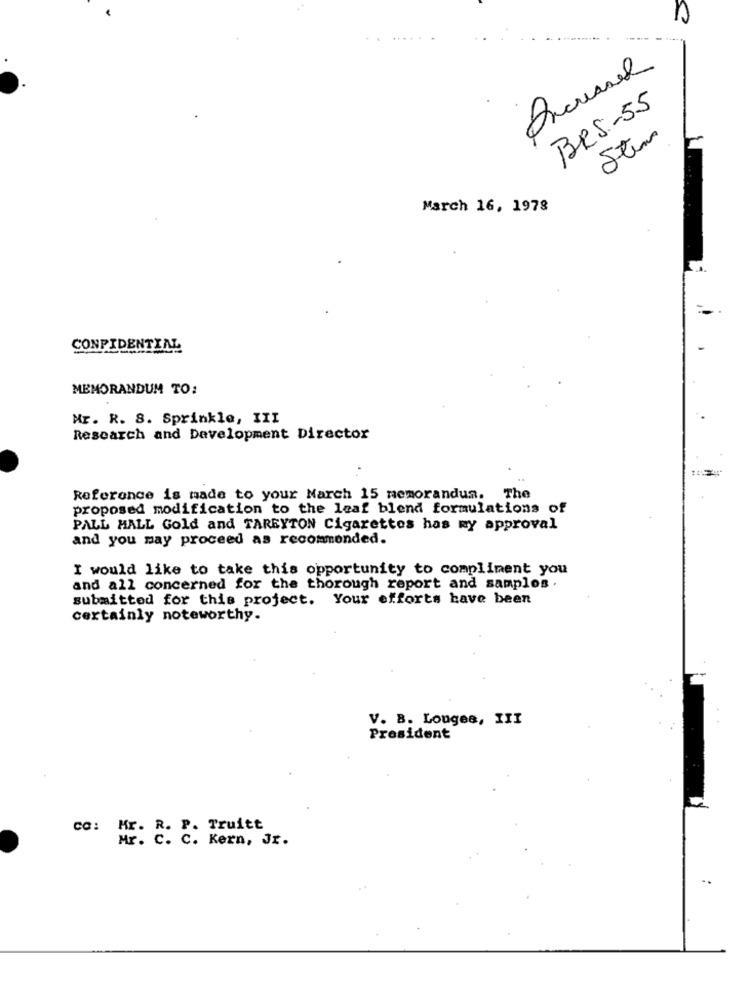
BRS-55
Stem
March 16, 1978
CONFIDENTIAL
MEMORANDUM TO:
Mr. R. S. Sprinkle, III
Research and Development Director
Reference is made to your March 15 memorandum. The
proposed modification to the leaf blend formulations of
PALL MALL Gold and TAREYTON Cigarettes has my approval
and you may proceed as recommended.
I would like to take this opportunity to compliment you
and all concerned for the thorough report and samplos .
submitted for this project. Your efforts have been
certainly noteworthy.
V. B. Louges, III
President
co: Mr. R. P. Truitt
Mr . C . C . Kern , JE .